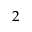
2